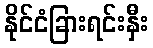
နိုင်ငံခြားရင်းနှီး